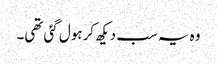
وہ یہ سب دیکھ کر ہول گئی تھی۔